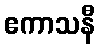
ဧကာသနီ